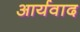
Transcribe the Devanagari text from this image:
आर्यवाद